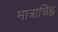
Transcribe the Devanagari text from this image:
मात्राचिह्न